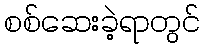
စစ်ဆေးခဲ့ရာတွင်